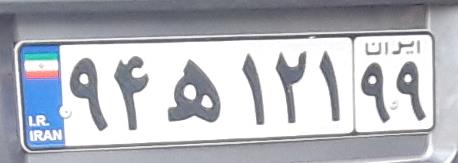
۹۴ه۱۲۱۹۹